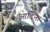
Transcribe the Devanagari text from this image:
आदिना